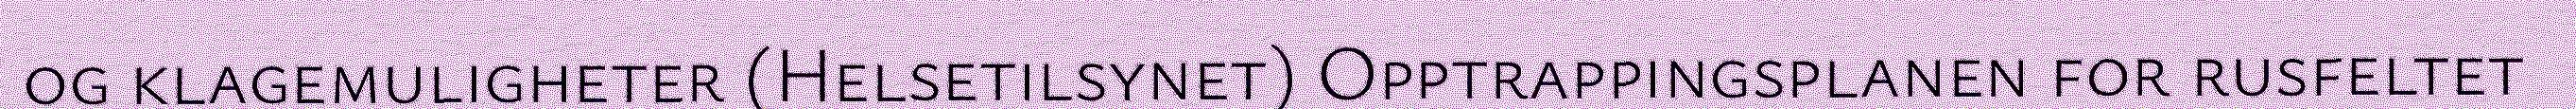
og klagemuligheter (Helsetilsynet) Opptrappingsplanen for rusfeltet